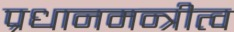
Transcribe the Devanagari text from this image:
प्रधानमन्त्रीत्व